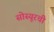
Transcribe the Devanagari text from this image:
सोस्यूरची